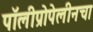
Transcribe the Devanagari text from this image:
पॉलीप्रोपेलीनचा